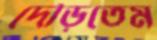
দৌড়ুতেম